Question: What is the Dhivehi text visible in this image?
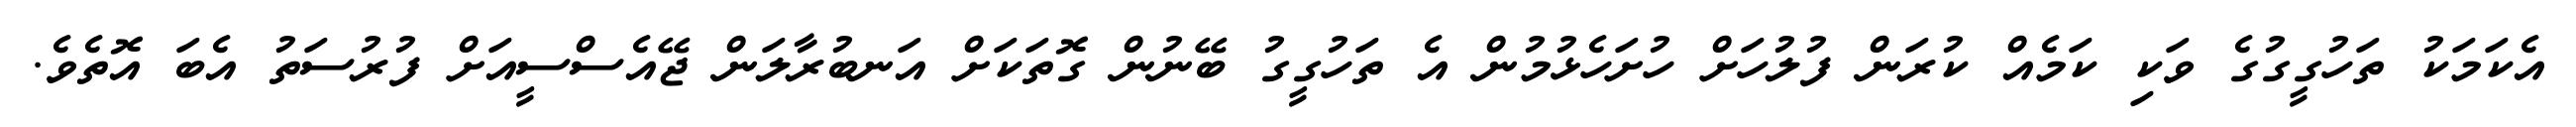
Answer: އެކަމަކު ތަހުގީގުގެ ވަކި ކަމެއް ކުރަން ފުލުހަށް ހުށަހެޅުމުން އެ ތަހުގީގު ބޭނުން ގޮތަކަށް އަނބުރާލަން ޖޭއެސްސީއަށް ފުރުސަތު އެބަ އޮތެވެ.